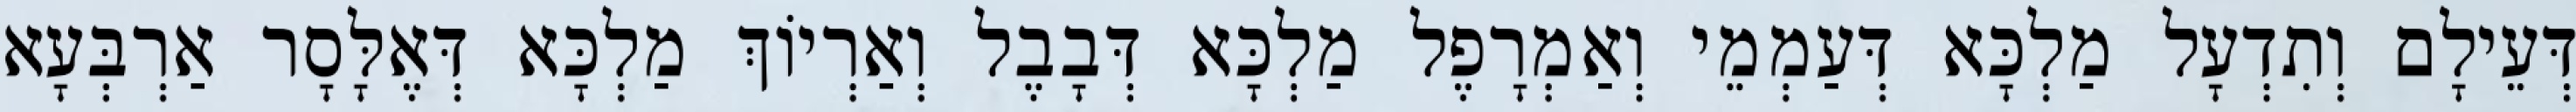
דְּעֵילָם וְתִדְעָל מַלְכָּא דְּעַמְמֵי וְאַמְרָפֶל מַלְכָּא דְּבָבֶל וְאַרְיוֹךְ מַלְכָּא דְּאֶלָּסָר אַרְבְּעָא